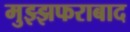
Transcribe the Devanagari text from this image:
मुझ्झफराबाद